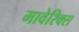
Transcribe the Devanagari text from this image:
मावेरिक्स